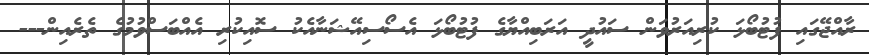
ރާއްޖޭގައި ފުޓުބޯޅަ ކުރިއަރުވަން ސައުދީ އަރަބިއްޔާގެ ފުޓުބޯޅަ އެސޯސިއޭޝަނާއެކު ސޮއިކުރި އެއްބަސްވުމުގެ ތެރެއިން---